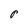
Character: P